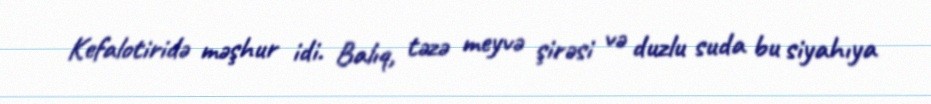
Kefalotiridə məşhur idi. Balıq, təzə meyvə şirəsi və duzlu suda bu siyahıya